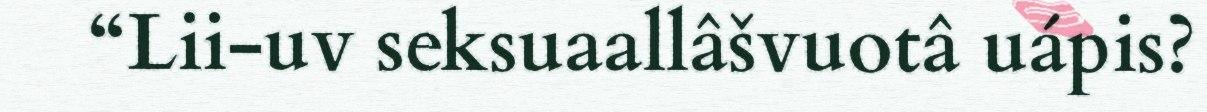
“Lii-uv seksuaallâšvuotâ uápis?